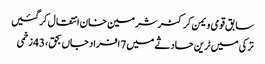
سابق قومی ویمن کرکٹرشرمین خان انتقال کرگئیں
ترکی میں ٹرین حادثے میں 7 افراد جاں بحق، 43 زخمی